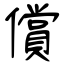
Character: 償